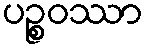
ပဉ္စဝဿာ